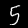
Digit: 5